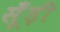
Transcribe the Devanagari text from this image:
सूँड़ी